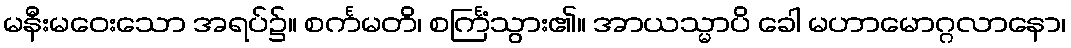
မနီးမဝေးသော အရပ်၌။ စင်္ကမတိ၊ စင်္ကြံသွား၏။ အာယသ္မာပိ ခေါ မဟာမောဂ္ဂလာနော၊